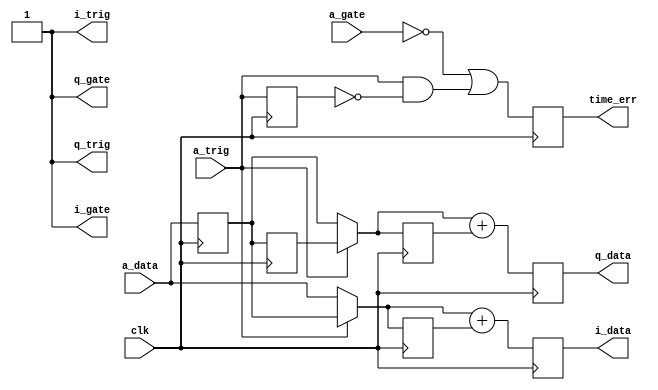
`timescale 1ns / 1ns

// Name: IQ interpolator
//% Takes interleaved I-Q, produces interpolated,
//% separate streams ready for upconversion
module fiq_interp #(
	parameter a_dw=16,
	parameter i_dw=17,
	parameter q_dw=17
) (
	input clk,
	input signed [a_dw-1:0] a_data,  // Interleaved I-Q Data
	input a_gate,  // Data valid gate
	input a_trig,  // 1 bit information telling data is I or Q
	output signed [i_dw-1:0] i_data,
	output i_gate,
	output i_trig,
	output signed [q_dw-1:0] q_data,
	output q_gate,
	output q_trig,
	output time_err
);

wire iq_sync = a_trig;
reg signed [a_dw-1:0] iq_in1=0, iq_in2=0;
always @(posedge clk) begin
	iq_in1 <= a_data;
	iq_in2 <= iq_in1;
end
wire signed [a_dw-1:0] i_raw = iq_sync ? iq_in1 : a_data;
wire signed [a_dw-1:0] q_raw = iq_sync ? iq_in2 : iq_in1;

reg signed [a_dw-1:0] i_raw1=0, q_raw1=0;
reg signed [a_dw  :0] i2i=0, i2q=0;
always @(posedge clk) begin
	i_raw1 <= i_raw;
	q_raw1 <= q_raw;
	i2i <= i_raw + i_raw1;
	i2q <= q_raw + q_raw1;
end

reg last_sync=0, time_err_r=0;
always @(posedge clk) begin
	last_sync <= iq_sync;
	time_err_r <= ~a_gate | (iq_sync & ~last_sync);
end

assign i_data = i2i;
assign i_gate = 1'b1;
assign i_trig = 1'b1;
assign q_data = i2q;
assign q_gate = 1'b1;
assign q_trig = 1'b1;
assign time_err = time_err_r;

endmodule